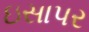
ઇસાપર